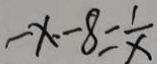
- x . - 8 = \frac { 1 } { x }